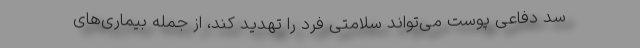
سد دفاعی پوست می‌تواند سلامتی فرد را تهدید کند، از جمله بیماری‌های